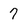
Character: 7